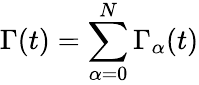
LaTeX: \Gamma(t)=\sum_{\alpha=0}^{N}\Gamma_{\alpha}(t)